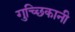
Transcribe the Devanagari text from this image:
गुच्छिकानी